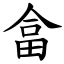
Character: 畣